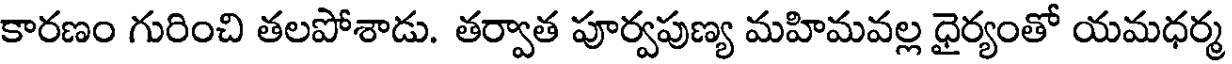
కారణం గురించి తలపోశాడు. తర్వాత పూర్వపుణ్య మహిమవల్ల ధైర్యంతో యమధర్మ